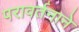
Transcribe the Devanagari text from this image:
परावर्तनाने